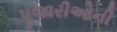
પૂજારીઓની